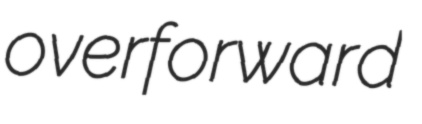
overforward